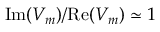
\mathrm { I m } ( V _ { m } ) / \mathrm { R e } ( V _ { m } ) \simeq 1